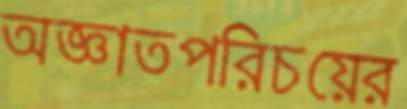
অজ্ঞাতপরিচয়ের